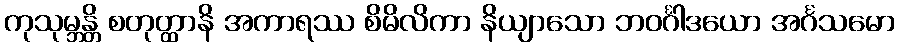
ကုသုမ္ဘန္တိ စတုတ္ထာနိ အကာရဿ စိမိလိကာ နိယျာသော ဘဝင်္ဂါဒယော အင်္ဂသမော